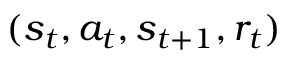
( s _ { t } , a _ { t } , s _ { t + 1 } , r _ { t } )